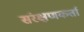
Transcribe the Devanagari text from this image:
संरक्षणकर्ता